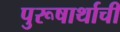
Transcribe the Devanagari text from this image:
पुरूषार्थाची